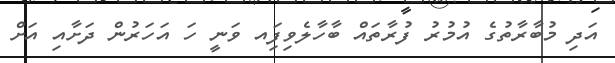
އަދި މުބާރާތުގެ އުމުރު ފުރާތައް ބާހާލެވިފަިއ ވަނީ ހަ އަހަރުން ދަށާއި އަށް